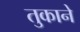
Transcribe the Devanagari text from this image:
तुकाने